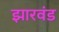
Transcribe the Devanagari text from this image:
झारवंड